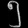
Digit: ၅